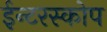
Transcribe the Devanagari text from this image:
ईन्टरस्कोप